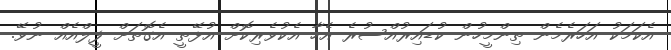
އެކަމަކު އަހަރެމެން ތިންމީހުން ކުޑައިރުއްސުރެ އެހާ އެކުވެރިކޮށް އުޅޭތީ އެގޮތަށް ފީލްއެއް ނުވޭ.